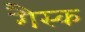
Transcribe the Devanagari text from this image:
गैस्क